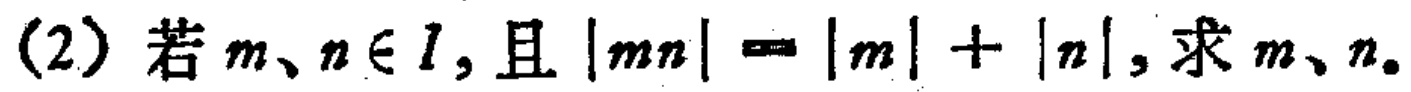
(2) 若 \(m、n\in I\)，且 \(|mn| = |m| + |n|\)，求 \(m、n\)。